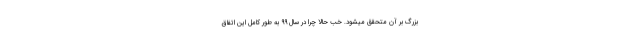
بزرگ بر آن متحقّق میشود. خب حالا چرا در سال ۹۹ به طور کامل این اتّفاق